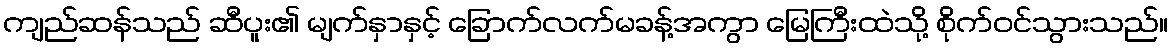
ကျည်ဆန်သည် ဆီပူး၏ မျက်နှာနှင့် ခြောက်လက်မခန့်အကွာ မြေကြီးထဲသို့ စိုက်ဝင်သွားသည်။